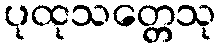
ပုထုသတ္တေသု